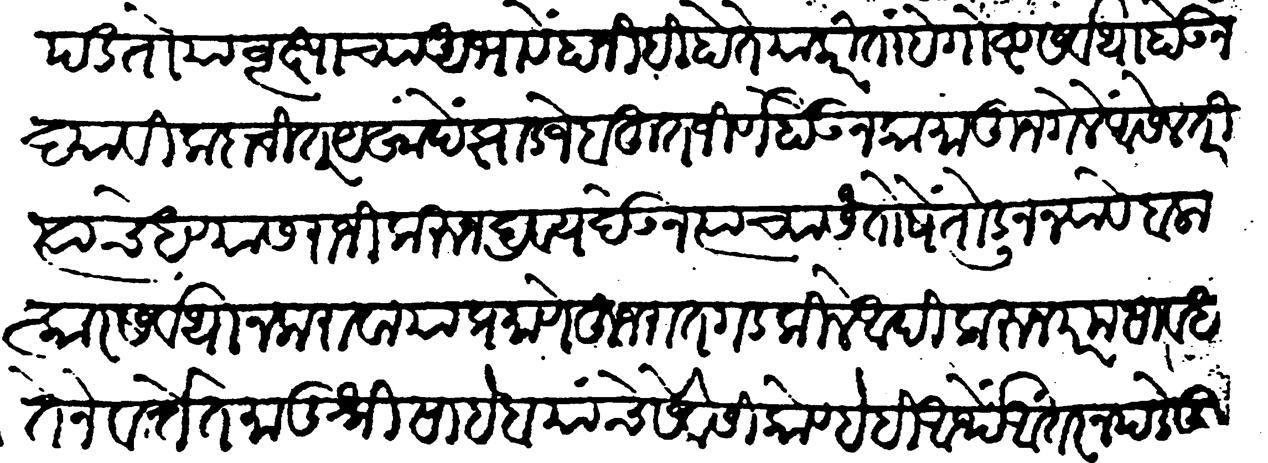
Transliteration (Devanagari): पडतो या वृक्षांच्या अभावें हानीही होते याकरीता हे गोष्ट सर्वथा होऊ न द्यावी कदाचित यखादे झाड जें बहुत जीर्ण होऊन कामातून गेले असेल तरी त्याचे धण्यास राजी करून द्रव्य देऊन त्याच्या संतोषे तोडून न्यावे बलात्कार सर्वथा न करावा याप्रमाणें हुजरात गड किल्ले आदि करुन परम सावधतेने वर्तत मातुश्रीसाहेब यांचे सेवेसी कोण्हेही अर्थे आंतर न पडे तुम्ही